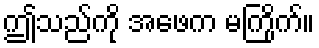
ဤသည်ကို အဖေက မကြိုက်။